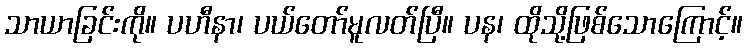
သာယာခြင်းကို။ ပဟီနာ၊ ပယ်တော်မူလတ်ပြီ။ ပန၊ ထိုသို့ဖြစ်သောကြောင့်။